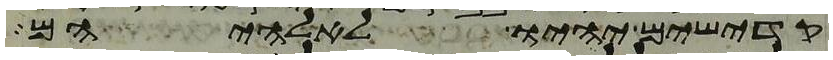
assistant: קדישים יהיו לאלהיהם